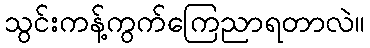
သွင်းကန့်ကွက်ကြေညာရတာလဲ။